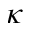
\kappa